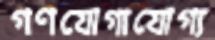
গণযোগাযোগ্য